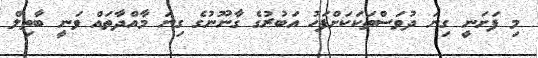
މި ފަށަނީ ގިނަ ދުވަސްތަކަކަށްފަހު އަބުރުގެ ގާނޫނުގެ ގިނަ މާއްދާތައް ވަނީ ބާތިިލް